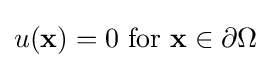
u(\mathbf {x} )=0{\text{ for }}\mathbf {x} \in \partial \Omega